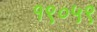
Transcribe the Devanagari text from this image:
१९०५९